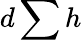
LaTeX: d\sum h